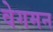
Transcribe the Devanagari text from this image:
वेगमन